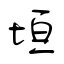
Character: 垣